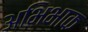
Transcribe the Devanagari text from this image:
अभिभाक